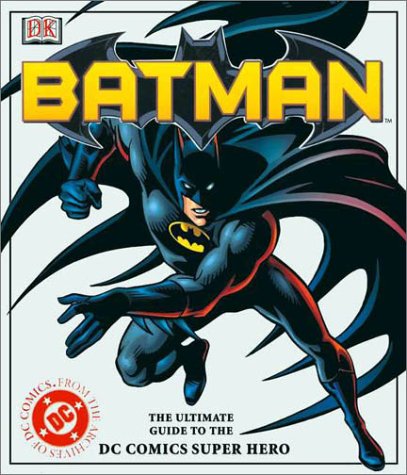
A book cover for Batman: The Ultimate Guide to the Dark Knight; Scott Beatty; Children's Books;